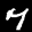
Label: 7